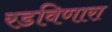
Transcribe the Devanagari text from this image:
रडविणारा